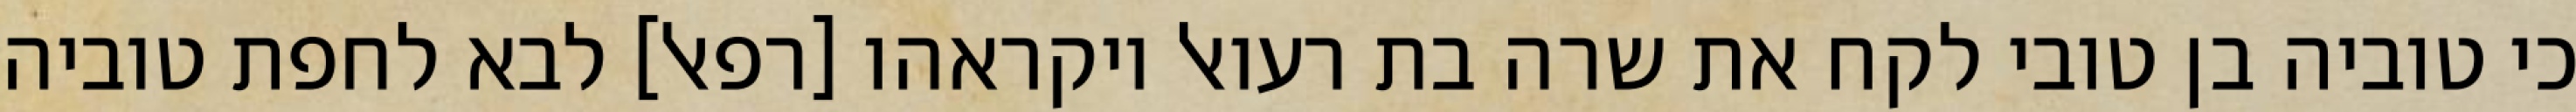
כי טוביה בן טובי לקח את שרה בת רעואל ויקראהו [רפאל] לבא לחפת טוביה